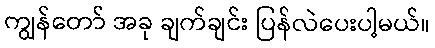
ကျွန်တော် အခု ချက်ချင်း ပြန်လဲပေးပါ့မယ်။